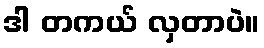
ဒါ တကယ် လှတာပဲ။